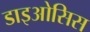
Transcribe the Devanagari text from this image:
डाइओसिस